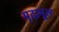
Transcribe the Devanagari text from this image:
मृदामूल